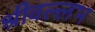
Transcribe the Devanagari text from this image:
श्रीवल्‍लभ